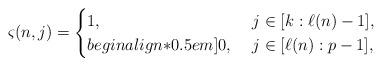
LaTeX: \begin{align*}\varsigma(n,j)=\begin{cases}1, & \ j\in[k:\ell(n)-1],\\begin{align*}0.5em]0, & \ j\in[\ell(n):p-1],\end{cases}\end{align*}